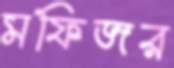
মফিজর